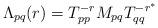
LaTeX: \begin{align*}\Lambda _{pq}(r)=T_{pp}^{-r}M_{pq}T_{qq}^{-r^{*}}\end{align*}